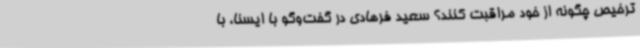
ترخیص چگونه از خود مراقبت کنند؟ سعید فرهادی در گفت‌وگو با ایسنا، با